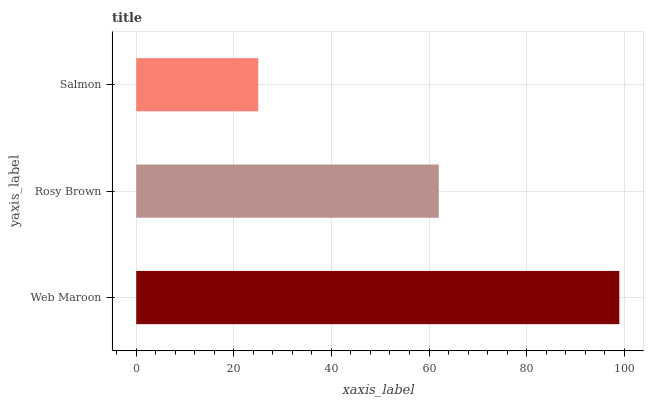
| yaxis_label | bars |
 | --- | --- |
 | Web Maroon | 99 |
 | Rosy Brown | 62 |
 | Salmon | 25 |